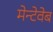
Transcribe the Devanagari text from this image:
मेन्टेवेब